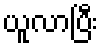
ယူလာပြီး